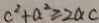
c ^ { 2 } + a ^ { 2 } \geq 2 a c